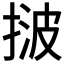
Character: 𢯠